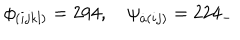
LaTeX: \phi _ { ( i j k l ) } = 2 9 4 , \quad \psi _ { \dot { a } ( i j ) } = 2 2 4 _ { - }